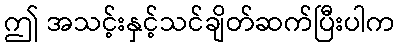
ဤ အသင့်းနှင့်သင်ချိတ်ဆက်ပြီးပါက